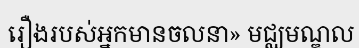
រឿងរបស់អ្នកមានចលនា» មជ្ឈមណ្ឌល